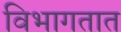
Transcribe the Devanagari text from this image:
विभागतात